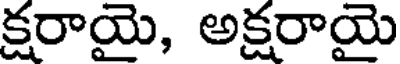
క్షరాయై, అక్షరాయై